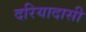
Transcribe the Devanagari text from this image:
दरियादासी